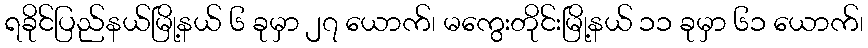
ရခိုင်ပြည်နယ်မြို့နယ် ၆ ခုမှာ ၂၇ ယောက်၊ မကွေးတိုင်းမြို့နယ် ၁၁ ခုမှာ ၆၁ ယောက်၊